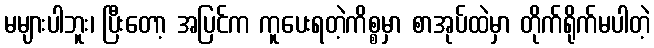
မများပါဘူး၊ ပြီးတော့ အပြင်က ကူပေးရတဲ့ကိစ္စမှာ စာအုပ်ထဲမှာ တိုက်ရိုက်မပါတဲ့